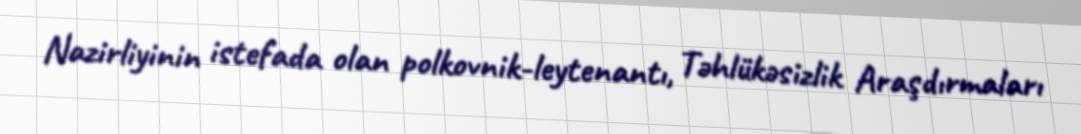
Nazirliyinin istefada olan polkovnik-leytenantı, Təhlükəsizlik Araşdırmaları